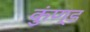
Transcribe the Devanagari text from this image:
कुंण्ड